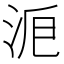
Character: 𣴋